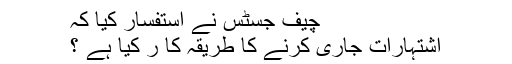
چیف جسٹس نے استفسار کیا کہ
اشتہارات جاری کرنے کا طریقہ کا ر کیا ہے ؟